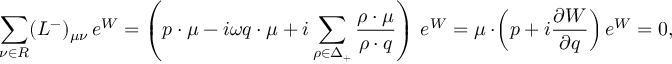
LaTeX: \sum _ { \nu \in { \cal R } } ( L ^ { - } ) _ { \mu \nu } \, e ^ { W } = \left( p \cdot \mu - i \omega q \cdot \mu + i \sum _ { \rho \in \Delta _ { + } } { \frac { \rho \cdot \mu } { \rho \cdot q } } \right) \, e ^ { W } = \mu \cdot \! \left( p + i { \frac { \partial W } { \partial q } } \right) e ^ { W } = 0 ,